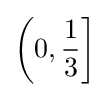
\left(0,{\frac {1}{3}}\right]